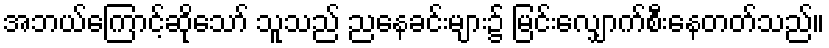
အဘယ်ကြောင့်ဆိုသော် သူသည် ညနေခင်းများ၌ မြင်းလျှောက်စီးနေတတ်သည်။